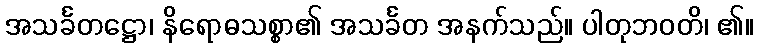
အသင်္ခတဋ္ဌော၊ နိရောဓသစ္စာ၏ အသင်္ခတ အနက်သည်။ ပါတုဘဝတိ၊ ၏။